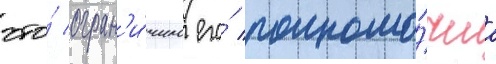
что́ огран'и́чило его́ полномо́чиа